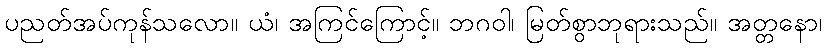
ပညတ်အပ်ကုန်သလော။ ယံ၊ အကြင်ကြောင့်။ ဘဂဝါ၊ မြတ်စွာဘုရားသည်။ အတ္တနော၊